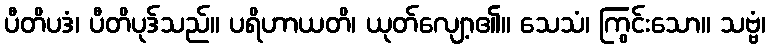
ပီတိပဒံ၊ ပီတိပုဒ်သည်။ ပရိဟာယတိ၊ ယုတ်လျော့၏။ သေသံ၊ ကြွင်းသော။ သဗ္ဗံ၊